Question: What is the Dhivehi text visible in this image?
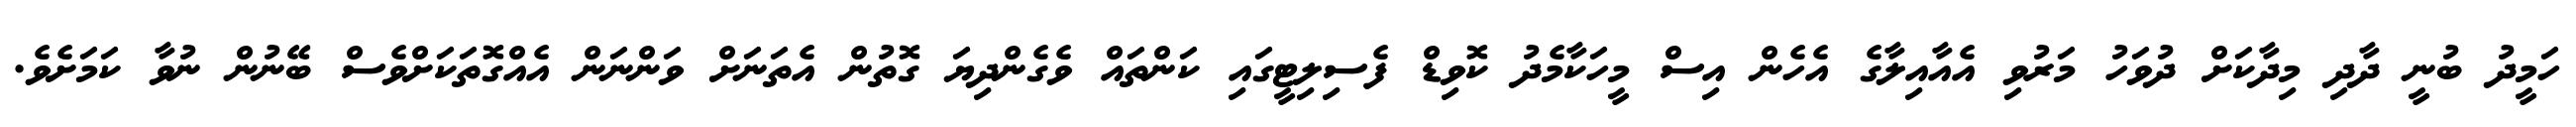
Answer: ހަމީދު ބުނީ ދާދި މިދާކަށް ދުވަހު މަރުވި އެއާއިލާގެ އެހެން އިސް މީހަކާމެދު ކޮވިޑް ފެސިލިޓީގައި ކަންތައް ވެގެންދިޔަ ގޮތުން އެތަނަށް ވަންނަން އެއްގޮތަކަށްވެސް ބޭނުން ނުވާ ކަމަށެވެ.